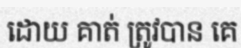
ដោយ គាត់ ត្រូវបាន គេ